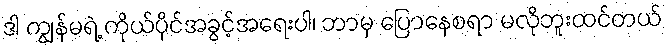
ဒါ ကျွန်မရဲ့ ကိုယ်ပိုင်အခွင့်အရေးပါ၊ ဘာမှ ပြောနေစရာ မလိုဘူးထင်တယ်